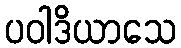
ပဝါဒိယာသေ